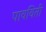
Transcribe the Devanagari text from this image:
पावविती